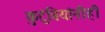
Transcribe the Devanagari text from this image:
कुटुंबियांनीही